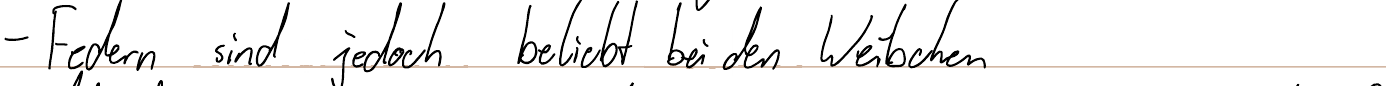
- Federn sind jedoch beliebt bei den Weibchen